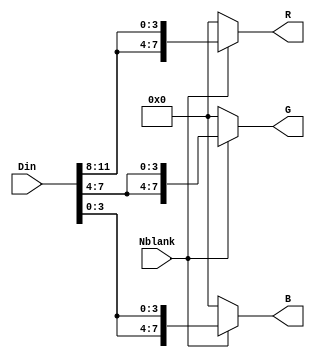
// File digital_cam_impl1/RGB.vhd translated with vhd2vl v3.0 VHDL to Verilog RTL translator
// vhd2vl settings:
//  * Verilog Module Declaration Style: 2001

// vhd2vl is Free (libre) Software:
//   Copyright (C) 2001 Vincenzo Liguori - Ocean Logic Pty Ltd
//     http://www.ocean-logic.com
//   Modifications Copyright (C) 2006 Mark Gonzales - PMC Sierra Inc
//   Modifications (C) 2010 Shankar Giri
//   Modifications Copyright (C) 2002-2017 Larry Doolittle
//     http://doolittle.icarus.com/~larry/vhd2vl/
//   Modifications (C) 2017 Rodrigo A. Melo
//
//   vhd2vl comes with ABSOLUTELY NO WARRANTY.  Always check the resulting
//   Verilog for correctness, ideally with a formal verification tool.
//
//   You are welcome to redistribute vhd2vl under certain conditions.
//   See the license (GPLv2) file included with the source for details.

// The result of translation follows.  Its copyright status should be
// considered unchanged from the original VHDL.

// no timescale needed

module RGB(
input wire [11:0] Din,
input wire Nblank,
output wire [7:0] R,
output wire [7:0] G,
output wire [7:0] B
);

// niveau de gris du pixels sur 8 bits
// signal indique les zone d'affichage, hors la zone d'affichage
// les trois couleurs prendre 0
// les trois couleurs sur 10 bits




  assign R = Nblank == 1'b1 ? {Din[11:8],Din[11:8]} : 8'b00000000;
  assign G = Nblank == 1'b1 ? {Din[7:4],Din[7:4]} : 8'b00000000;
  assign B = Nblank == 1'b1 ? {Din[3:0],Din[3:0]} : 8'b00000000;

endmodule